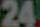
24